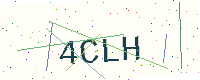
Text: 4CLH